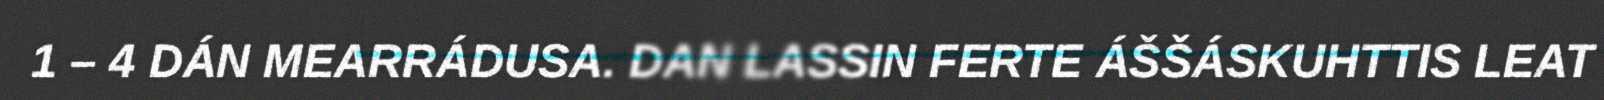
1 – 4 DÁN MEARRÁDUSA. DAN LASSIN FERTE ÁŠŠÁSKUHTTIS LEAT